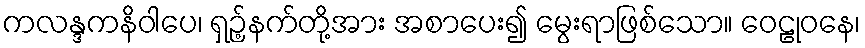
ကလန္ဒကနိဝါပေ၊ ရှဉ့်နက်တို့အား အစာပေး၍ မွေးရာဖြစ်သော။ ဝေဠုဝနေ၊